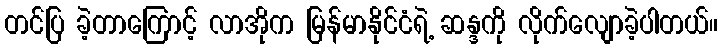
တင်ပြ ခဲ့တာကြောင့် လာအိုက မြန်မာနိုင်ငံရဲ့ ဆန္ဒကို လိုက်လျောခဲ့ပါတယ်။